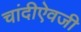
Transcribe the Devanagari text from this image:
चांदीऐवजी